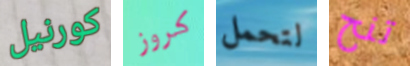
كورنيل كروز لتحمل تنح